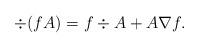
LaTeX: \begin{align*}\div(fA)= f\div A+A\nabla f.\end{align*}